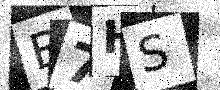
Text: B7HS